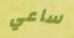
ساعي